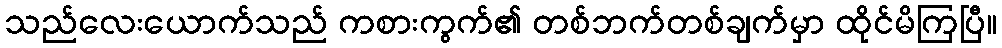
သည်လေးယောက်သည် ကစားကွက်၏ တစ်ဘက်တစ်ချက်မှာ ထိုင်မိကြပြီ။